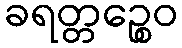
ခရတ္တဉ္စေဝ